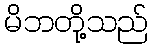
မိဘတို့သည်